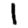
Digit: 1